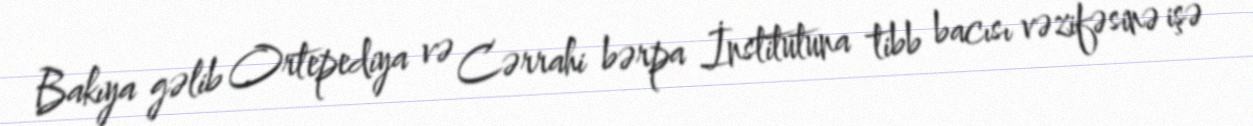
Bakıya gəlib Ortepediya və Cərrahi bərpa İnstitutuna tibb bacısı vəzifəsinə işə